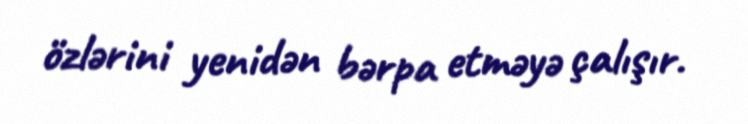
özlərini yenidən bərpa etməyə çalışır.